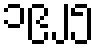
၁၉၂၅